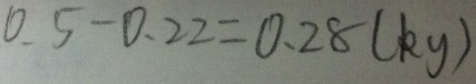
0 . 5 - 0 . 2 2 = 0 . 2 8 ( k g )